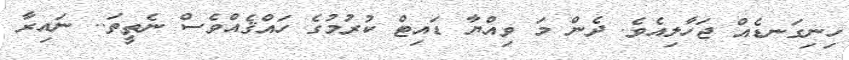
ހިނިގަނޑެއް ޖަހާލިއެވެ. ދެން މަ ވިއްޔާ ޑައިޓް ކުރުމުގެ ހައްޤެއްވެސް ނެތީތަ.. ނައިރާ